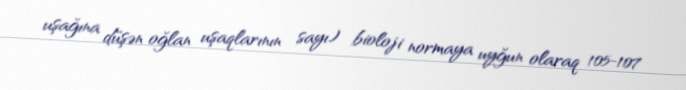
uşağına düşən oğlan uşaqlarının sayı) bioloji normaya uyğun olaraq 105-107